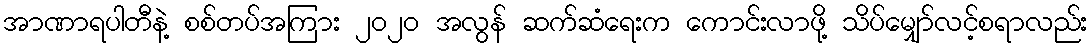
အာဏာရပါတီနဲ့ စစ်တပ်အကြား ၂၀၂၀ အလွန် ဆက်ဆံရေးက ကောင်းလာဖို့ သိပ်မျှော်လင့်စရာလည်း